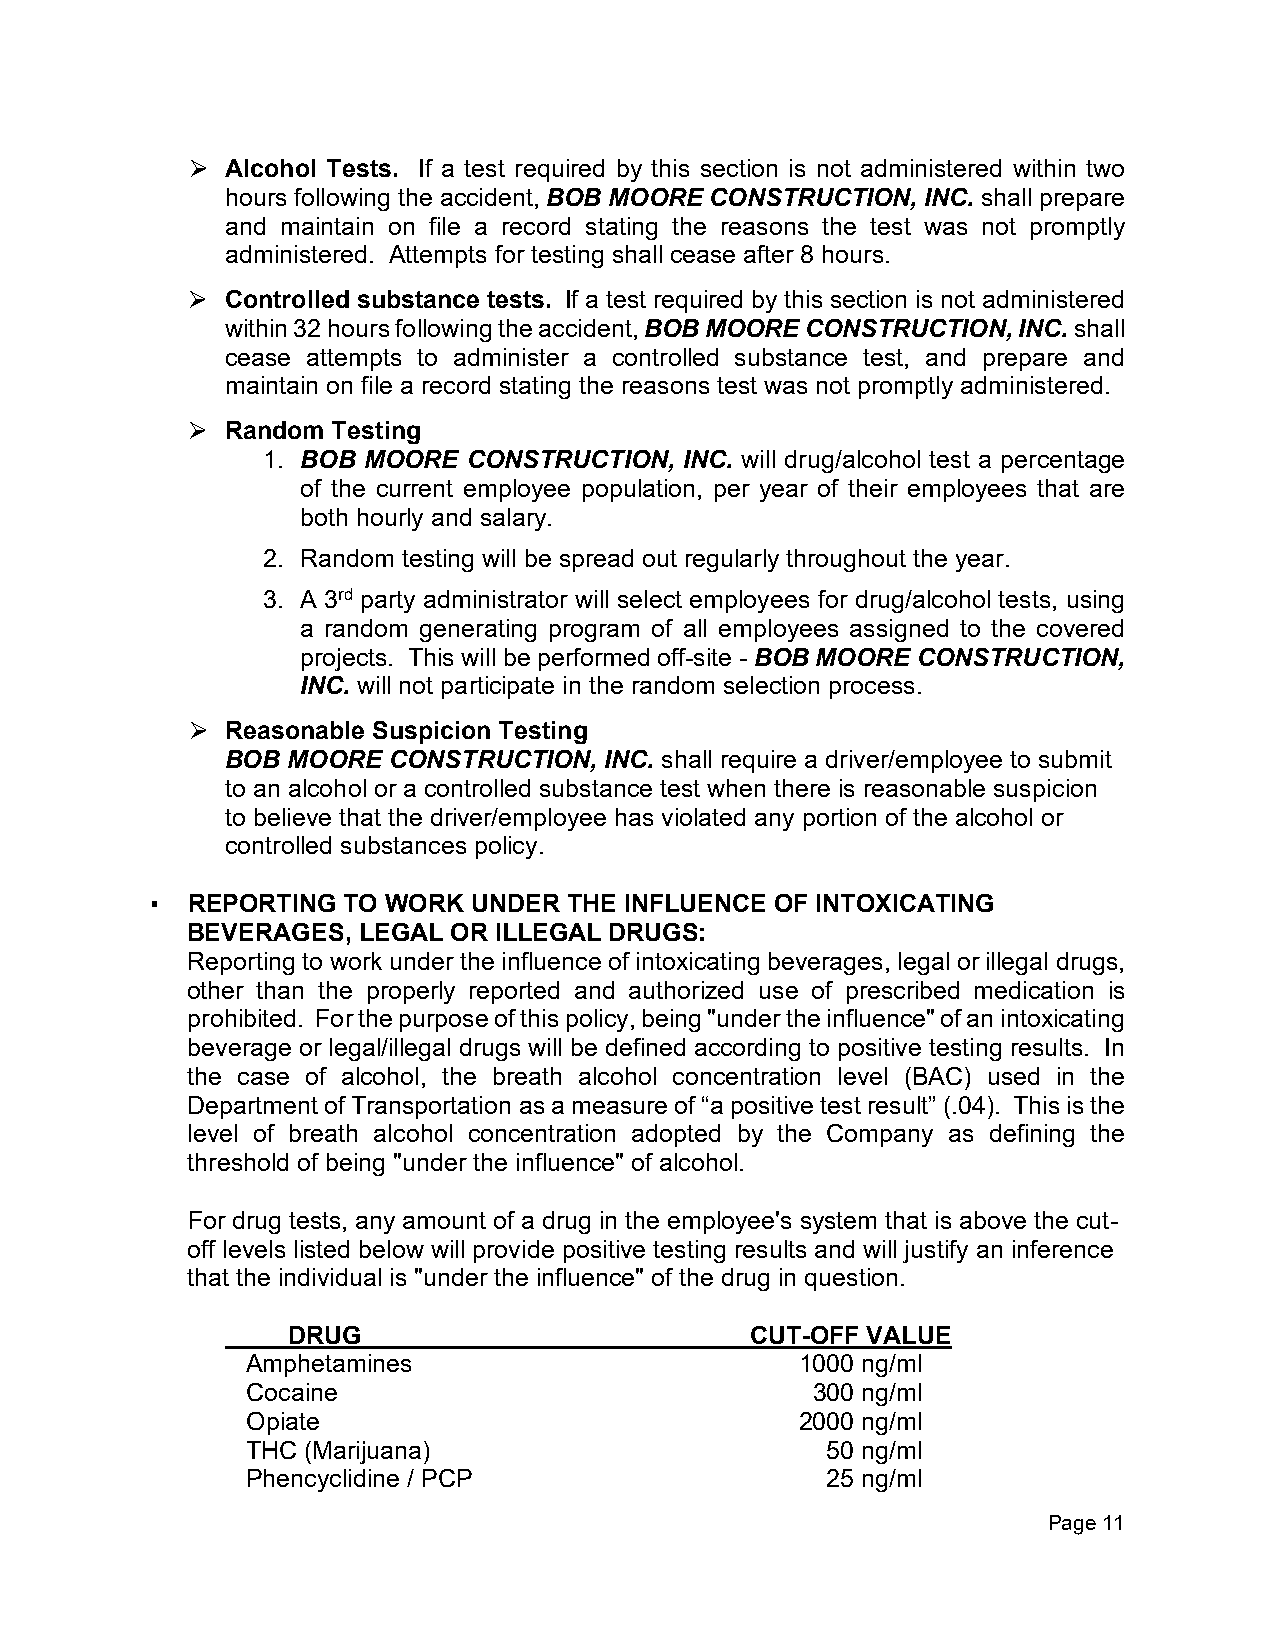
Alcohol Tests. If a test required by this section is not administered within two
 ⮚
 hours following the accident, BOB MOORE CONSTRUCTION, INC. shall prepare
 and maintain on file a record stating the reasons the test was not promptly
 administered. Attempts for testing shall cease after 8 hours.
 Controlled substance tests. If a test required by this section is not administered
 ⮚
 within 32 hours following the accident, BOB MOORE CONSTRUCTION, INC. shall
 cease attempts to administer a controlled substance test, and prepare and
 maintain on file a record stating the reasons test was not promptly administered.
 Random Testing
 ⮚
 1. BOB MOORE  CONSTRUCTION, INC. will drug/alcohol test a percentage
 of the current employee population, per year of their employees that are
 both hourly and salary.
 2. Random testing will be spread out regularly throughout the year.
 3. A 3rd party administrator will select employees for drug/alcohol tests, using
 a random generating program of all employees assigned to the covered
 projects. This will be performed off-site - BOB MOORE CONSTRUCTION,
 INC. will not participate in the random selection process.
 Reasonable Suspicion Testing
 ⮚
 BOB MOORE  CONSTRUCTION, INC. shall require a driver/employee to submit
 to an alcohol or a controlled substance test when there is reasonable suspicion
 to believe that the driver/employee has violated any portion of the alcohol or
 controlled substances policy.
 ▪ REPORTING  TO WORK UNDER  THE INFLUENCE OF INTOXICATING
 BEVERAGES,  LEGAL OR ILLEGAL DRUGS:
 Reporting to work under the influence of intoxicating beverages, legal or illegal drugs,
 other than the properly reported and authorized use of prescribed medication is
 prohibited. For the purpose of this policy, being "under the influence" of an intoxicating
 beverage or legal/illegal drugs will be defined according to positive testing results. In
 the case of alcohol, the breath alcohol concentration level (BAC) used in the
 Department of Transportation as a measure of “a positive test result” (.04). This is the
 level of breath alcohol concentration adopted by the Company as defining the
 threshold of being "under the influence" of alcohol.
 For drug tests, any amount of a drug in the employee's system that is above the cut-
 off levels listed below will provide positive testing results and will justify an inference
 that the individual is "under the influence" of the drug in question.
 DRUG                           CUT-OFF VALUE
 Amphetamines                         1000 ng/ml
 Cocaine                               300 ng/ml
 Opiate                               2000 ng/ml
 THC (Marijuana)                        50 ng/ml
 Phencyclidine / PCP                    25 ng/ml
 Page 11